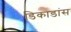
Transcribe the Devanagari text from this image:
डिकाडांस